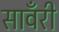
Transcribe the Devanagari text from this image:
सावँरी